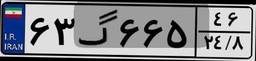
۴۹گ۹۲۷۰۵